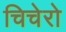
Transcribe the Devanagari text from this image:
चिचेरो